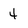
Character: 4